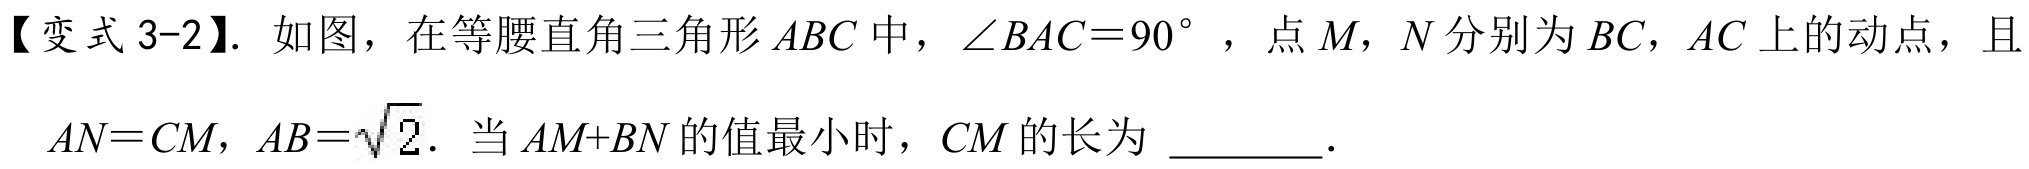
【变式3-2】. 如图，在等腰直角三角形 \(ABC\) 中，\(\angle BAC = 90^{\circ}\) ，点 \(M\)，\(N\) 分别为 \(BC\)，\(AC\) 上的动点，且 \(AN = CM\)，\(AB=\sqrt{2}\). 当 \(AM + BN\) 的值最小时，\(CM\) 的长为 \(\underline{\qquad}\).